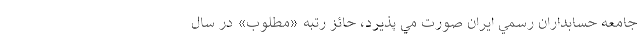
جامعه حسابداران رسمي ايران صورت مي‌ پذیرد، حائز رتبه «مطلوب» در سال